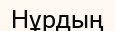
Нұрдың